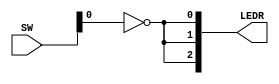
module TopLevel (
    input [9:0] SW,
    output [9:0] LEDR
);

// assign LED[0] and LED[1] and LED[2] = ~SW[0]
not(LEDR[0], LEDR[1], LEDR[2], SW[0]);
    
endmodule